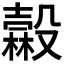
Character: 𣫓